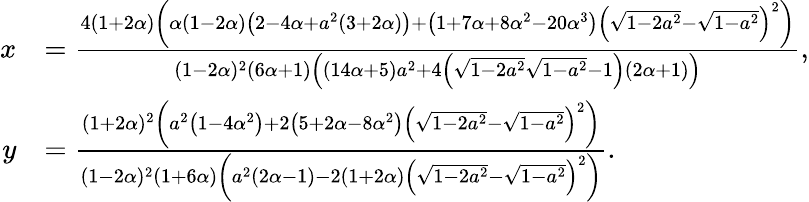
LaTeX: \begin{array}{rl}{x}&{=\frac{4(1+2\alpha)\left(\alpha(1-2\alpha)\left(2-4\alpha+a^{2}(3+2\alpha)\right)+\left(1+7\alpha+8\alpha^{2}-20\alpha^{3}\right)\left(\sqrt{1-2a^{2}}-\sqrt{1-a^{2}}\right)^{2}\right)}{(1-2\alpha)^{2}(6\alpha+1)\left((14\alpha+5)a^{2}+4\left(\sqrt{1-2a^{2}}\sqrt{1-a^{2}}-1\right)(2\alpha+1)\right)},}\\ {y}&{=\frac{(1+2\alpha)^{2}\left(a^{2}\left(1-4\alpha^{2}\right)+2\left(5+2\alpha-8\alpha^{2}\right)\left(\sqrt{1-2a^{2}}-\sqrt{1-a^{2}}\right)^{2}\right)}{(1-2\alpha)^{2}(1+6\alpha)\left(a^{2}(2\alpha-1)-2(1+2\alpha)\left(\sqrt{1-2a^{2}}-\sqrt{1-a^{2}}\right)^{2}\right)}.}\end{array}